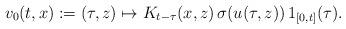
LaTeX: \begin{align*} v_0(t,x) := (\tau,z) \mapsto K_{t-\tau}(x,z) \, \sigma(u(\tau,z)) \, 1_{[0,t]}(\tau).\end{align*}